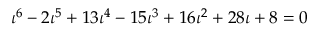
\iota ^ { 6 } - 2 \iota ^ { 5 } + 1 3 \iota ^ { 4 } - 1 5 \iota ^ { 3 } + 1 6 \iota ^ { 2 } + 2 8 \iota + 8 = 0